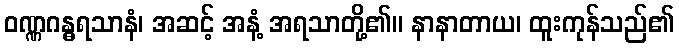
ဝဏ္ဏဂန္ဓရသာနံ၊ အဆင့် အနံ့ အရသာတို့၏။ နာနာတာယ၊ ထူးကုန်သည်၏